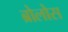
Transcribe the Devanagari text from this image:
ब्रोलोस